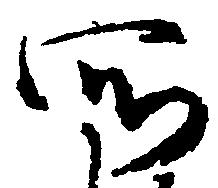
所